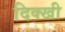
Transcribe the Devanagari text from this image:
दिक्खी